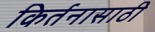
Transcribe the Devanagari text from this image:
किर्तनासाठी